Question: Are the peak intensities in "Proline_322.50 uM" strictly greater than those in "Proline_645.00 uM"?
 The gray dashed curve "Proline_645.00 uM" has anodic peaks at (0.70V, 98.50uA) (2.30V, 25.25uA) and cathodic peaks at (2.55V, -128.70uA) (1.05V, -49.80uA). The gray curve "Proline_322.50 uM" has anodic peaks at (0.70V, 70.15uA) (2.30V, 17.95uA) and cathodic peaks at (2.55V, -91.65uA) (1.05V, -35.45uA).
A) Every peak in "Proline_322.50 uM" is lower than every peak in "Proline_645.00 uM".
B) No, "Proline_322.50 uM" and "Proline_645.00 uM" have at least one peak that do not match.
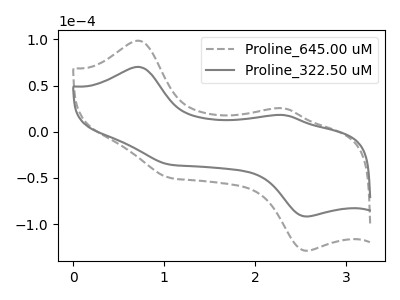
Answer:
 <answer>A) Every peak in "Proline_322.50 uM" is lower than every peak in "Proline_645.00 uM".</answer>
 <eval>A</eval>